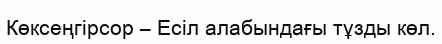
Көксеңгірсор – Есіл алабындағы тұзды көл.